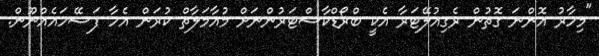
"މިހާރު އޮންނަ ގޮތުން ރެގިއުލޭޓަރާ އެކީ ބްރޯޑްކާސްޓަރުންނަށް މުއާމަލާތް ކުރަން އެހާ ފަސޭހައެއްނޫން.